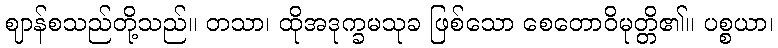
ဈာန်စသည်တို့သည်။ တသာ၊ ထိုအဒုက္ခမသုခ ဖြစ်သော စေတောဝိမုတ္တိ၏။ ပစ္စယာ၊